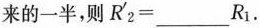
来的一半，则$$R ' _ { 2 } = ___ R _ { 1 }$$.